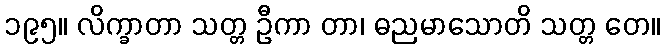
၁၉၅။ လိက္ခာတာ သတ္တ ဦကာ တာ၊ ဓညမာသောတိ သတ္တ တေ။